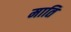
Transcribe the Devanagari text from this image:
माति